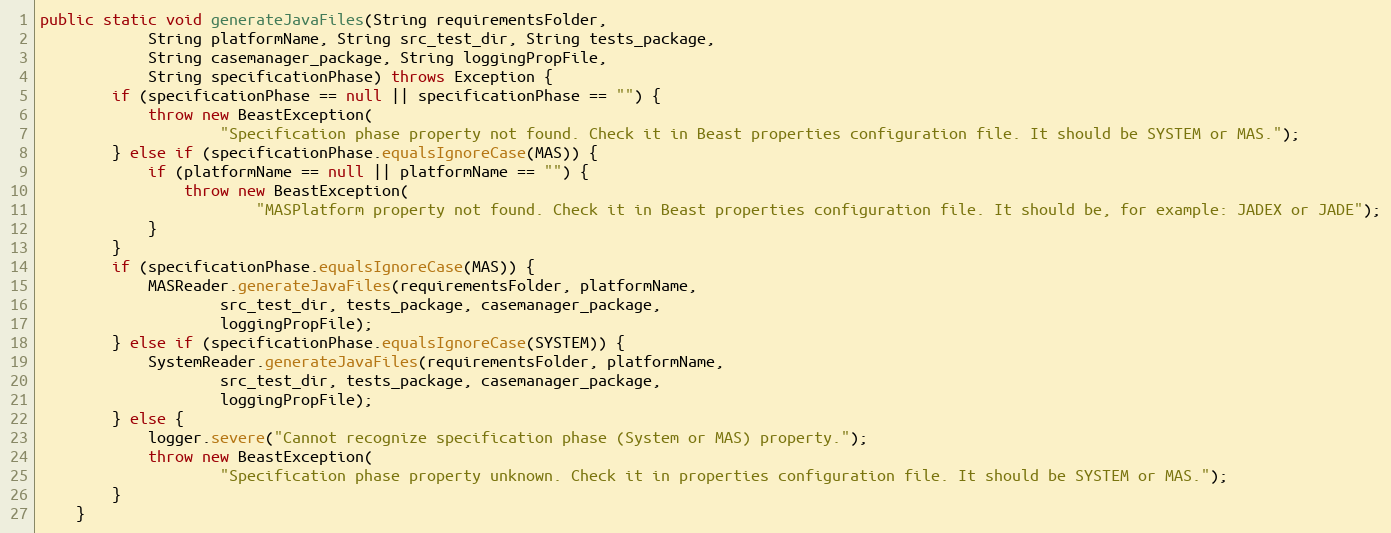
Language: Java
public static void generateJavaFiles(String requirementsFolder,
            String platformName, String src_test_dir, String tests_package,
            String casemanager_package, String loggingPropFile,
            String specificationPhase) throws Exception {
        if (specificationPhase == null || specificationPhase == "") {
            throw new BeastException(
                    "Specification phase property not found. Check it in Beast properties configuration file. It should be SYSTEM or MAS.");
        } else if (specificationPhase.equalsIgnoreCase(MAS)) {
            if (platformName == null || platformName == "") {
                throw new BeastException(
                        "MASPlatform property not found. Check it in Beast properties configuration file. It should be, for example: JADEX or JADE");
            }
        }
        if (specificationPhase.equalsIgnoreCase(MAS)) {
            MASReader.generateJavaFiles(requirementsFolder, platformName,
                    src_test_dir, tests_package, casemanager_package,
                    loggingPropFile);
        } else if (specificationPhase.equalsIgnoreCase(SYSTEM)) {
            SystemReader.generateJavaFiles(requirementsFolder, platformName,
                    src_test_dir, tests_package, casemanager_package,
                    loggingPropFile);
        } else {
            logger.severe("Cannot recognize specification phase (System or MAS) property.");
            throw new BeastException(
                    "Specification phase property unknown. Check it in properties configuration file. It should be SYSTEM or MAS.");
        }
    }